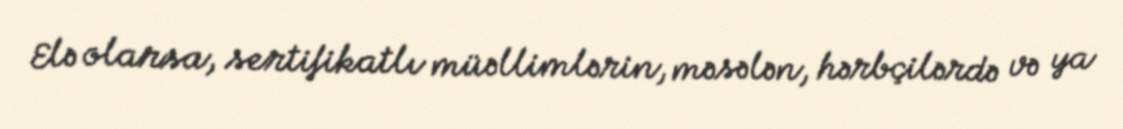
Elə olarsa, sertifikatlı müəllimlərin, məsələn, hərbçilərdə və ya